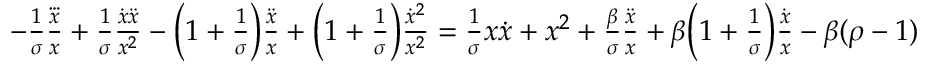
\begin{array} { r } { - \frac { 1 } { \sigma } \frac { \dddot { x } } { x } + \frac { 1 } { \sigma } \frac { \dot { x } \ddot { x } } { x ^ { 2 } } - \Big ( 1 + \frac { 1 } { \sigma } \Big ) \frac { \ddot { x } } { x } + \Big ( 1 + \frac { 1 } { \sigma } \Big ) \frac { \dot { x } ^ { 2 } } { x ^ { 2 } } = \frac { 1 } { \sigma } x \dot { x } + x ^ { 2 } + \frac { \beta } { \sigma } \frac { \ddot { x } } { x } + \beta \Big ( 1 + \frac { 1 } { \sigma } \Big ) \frac { \dot { x } } { x } - \beta ( \rho - 1 ) } \end{array}